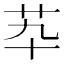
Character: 𦬡